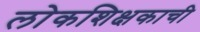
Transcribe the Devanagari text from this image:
लोकशिक्षकाची